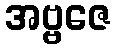
အဗ္ဗဇေ